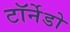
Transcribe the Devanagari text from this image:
टॉर्नेडो